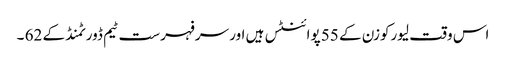
اس وقت لیورکوزن کے 55 پوائنٹس ہیں اور سرفہرست ٹیم ڈورٹمنڈ کے 62 ۔